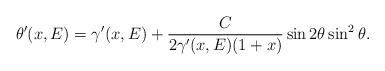
LaTeX: \begin{align*}\theta^\prime(x,E)=\gamma^\prime(x,E)+\frac{C}{2\gamma^\prime(x,E) (1+x)}\sin2\theta\sin^2\theta.\end{align*}